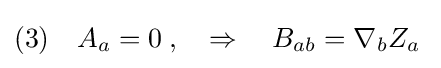
(3)\quad A_{a}=0\;,\quad \Rightarrow \quad B_{ab}=\nabla _{b}Z_{a}\;